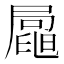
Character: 𡳟